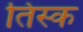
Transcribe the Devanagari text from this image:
तिस्क